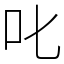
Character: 叱